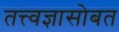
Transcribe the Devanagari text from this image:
तत्त्वज्ञासोबत